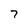
Character: 7